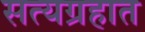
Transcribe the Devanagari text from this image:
सत्यग्रहात